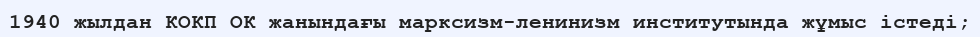
1940 жылдан КОКП ОК жанындағы марксизм-ленинизм институтында жұмыс істеді;